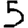
Digit: 5